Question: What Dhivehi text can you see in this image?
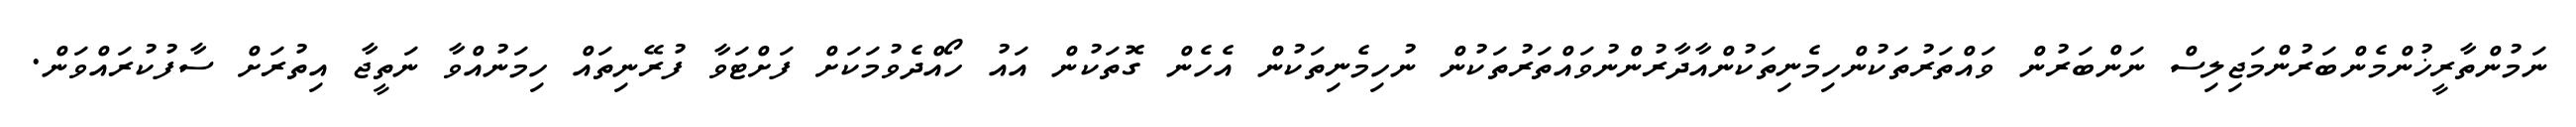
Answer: ނަމުންތާރީޚުންމެންބަރުންމަޖިލިސް ނަންބަރުން ވައްތަރުތަކުންހިމެނިތަކުންއާދާރުންނުވައްތަރުތަކުން ނުހިމެނިތަކުން އެހެން ގޮތަކުން އައު ހޯއްދެވުމަކަށް ފަށްޓަވާ ފުރޭނިތައް ހިމަނުއްވާ ނަތީޖާ އިތުރަށް ސާފުކުރައްވަން.